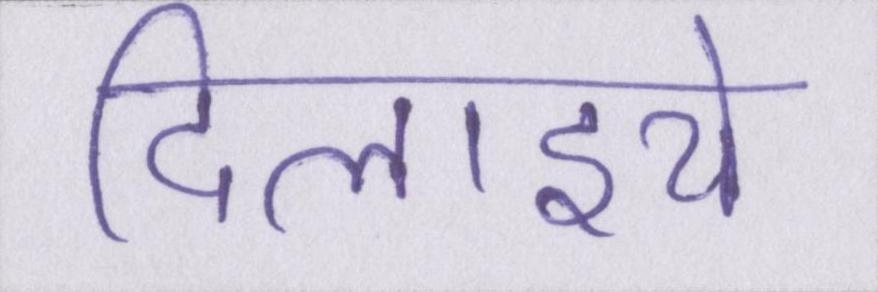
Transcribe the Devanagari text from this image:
दिलाइये